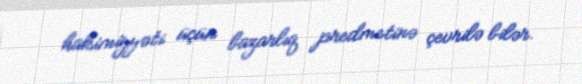
hakimiyyəti üçün bazarlıq predmetinə çevrilə bilər.